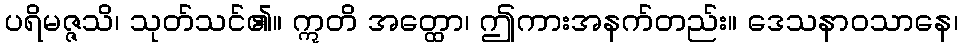
ပရိမဇ္ဇသိ၊ သုတ်သင်၏။ ဣတိ အတ္ထော၊ ဤကားအနက်တည်း။ ဒေသနာဝသာနေ၊